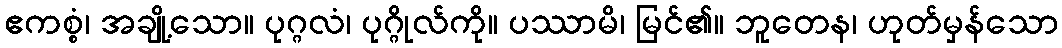
ဧကစ္စံ၊ အချို့သော။ ပုဂ္ဂလံ၊ ပုဂ္ဂိုလ်ကို။ ပဿာမိ၊ မြင်၏။ ဘူတေန၊ ဟုတ်မှန်သော